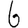
Digit: 6